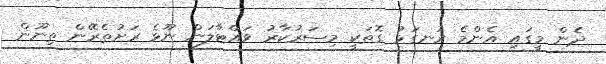
ދެން މީގައި އެންމެ ރަނގަޅު ގޮތަކީ މިސަރުކާރު ވައްޓާލަން ނޫޅެ ރަށުތެރޭން ތިނޫން